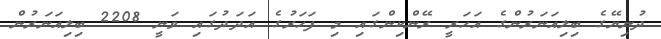
ދުނިޔޭގެ ބިލިއަނަރުންގެ އަހަރީ ރޭންކިންގައި މި ފަހަރުގެ އަދަދުގައި ވަނީ 2208 ބިލިއަނަރުން